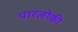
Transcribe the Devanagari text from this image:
पारलोकी